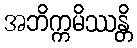
အဘိက္ကမိဿန္တိ